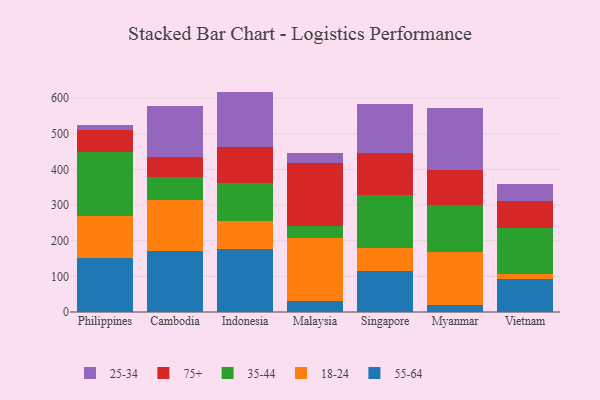
{"axis": {"x": "Country", "y": "LTV (USD)"}, "legend": ["18-24", "25-34", "35-44", "55-64", "75+"], "data": [{"x": "Philippines", "y": 151.4, "type": "55-64"}, {"x": "Philippines", "y": 118.9, "type": "18-24"}, {"x": "Philippines", "y": 178.5, "type": "35-44"}, {"x": "Philippines", "y": 61.0, "type": "75+"}, {"x": "Philippines", "y": 14.4, "type": "25-34"}, {"x": "Cambodia", "y": 171.8, "type": "55-64"}, {"x": "Cambodia", "y": 141.3, "type": "18-24"}, {"x": "Cambodia", "y": 65.1, "type": "35-44"}, {"x": "Cambodia", "y": 55.8, "type": "75+"}, {"x": "Cambodia", "y": 142.9, "type": "25-34"}, {"x": "Indonesia", "y": 177.9, "type": "55-64"}, {"x": "Indonesia", "y": 77.0, "type": "18-24"}, {"x": "Indonesia", "y": 107.2, "type": "35-44"}, {"x": "Indonesia", "y": 99.7, "type": "75+"}, {"x": "Indonesia", "y": 156.5, "type": "25-34"}, {"x": "Malaysia", "y": 29.5, "type": "55-64"}, {"x": "Malaysia", "y": 179.5, "type": "18-24"}, {"x": "Malaysia", "y": 33.2, "type": "35-44"}, {"x": "Malaysia", "y": 176.4, "type": "75+"}, {"x": "Malaysia", "y": 26.2, "type": "25-34"}, {"x": "Singapore", "y": 115.5, "type": "55-64"}, {"x": "Singapore", "y": 63.1, "type": "18-24"}, {"x": "Singapore", "y": 148.5, "type": "35-44"}, {"x": "Singapore", "y": 119.4, "type": "75+"}, {"x": "Singapore", "y": 136.0, "type": "25-34"}, {"x": "Myanmar", "y": 19.9, "type": "55-64"}, {"x": "Myanmar", "y": 148.5, "type": "18-24"}, {"x": "Myanmar", "y": 132.5, "type": "35-44"}, {"x": "Myanmar", "y": 96.7, "type": "75+"}, {"x": "Myanmar", "y": 175.6, "type": "25-34"}, {"x": "Vietnam", "y": 91.6, "type": "55-64"}, {"x": "Vietnam", "y": 15.8, "type": "18-24"}, {"x": "Vietnam", "y": 129.6, "type": "35-44"}, {"x": "Vietnam", "y": 74.4, "type": "75+"}, {"x": "Vietnam", "y": 46.4, "type": "25-34"}]}